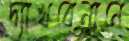
দ্যাখবেনানে